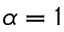
\alpha = 1